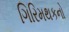
ગિરિમથકનો